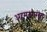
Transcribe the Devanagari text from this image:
अहमदगरला